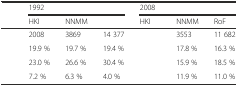
<table><thead><tr><td>[EMPTY_CELL]</td><td colspan="3"><b>1992</b></td><td colspan="3"><b>2008</b></td></tr><tr><td>[EMPTY_CELL]</td><td><b>HKI</b></td><td><b>NNMM</b></td><td>[EMPTY_CELL]</td><td><b>HKI</b></td><td><b>NNMM</b></td><td><b>RoF</b></td></tr></thead><tbody><tr><td>[EMPTY_CELL]</td><td>2008</td><td>3869</td><td>14 377</td><td>[EMPTY_CELL]</td><td>3553</td><td>11 682</td></tr><tr><td>[EMPTY_CELL]</td><td>19.9 %</td><td>19.7 %</td><td>19.4 %</td><td>[EMPTY_CELL]</td><td>17.8 %</td><td>16.3 %</td></tr><tr><td>[EMPTY_CELL]</td><td>23.0 %</td><td>26.6 %</td><td>30.4 %</td><td>[EMPTY_CELL]</td><td>15.9 %</td><td>18.5 %</td></tr><tr><td>[EMPTY_CELL]</td><td>7.2 %</td><td>6.3 %</td><td>4.0 %</td><td>[EMPTY_CELL]</td><td>11.9 %</td><td>11.0 %</td></tr></tbody></table>